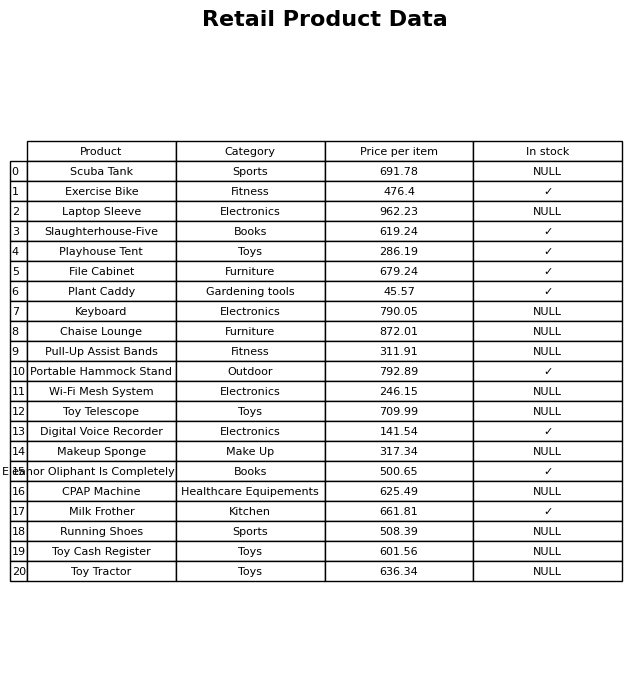
question: Is the Keyboard in stock?
answer: NULL